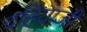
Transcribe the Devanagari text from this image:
दहियाजी